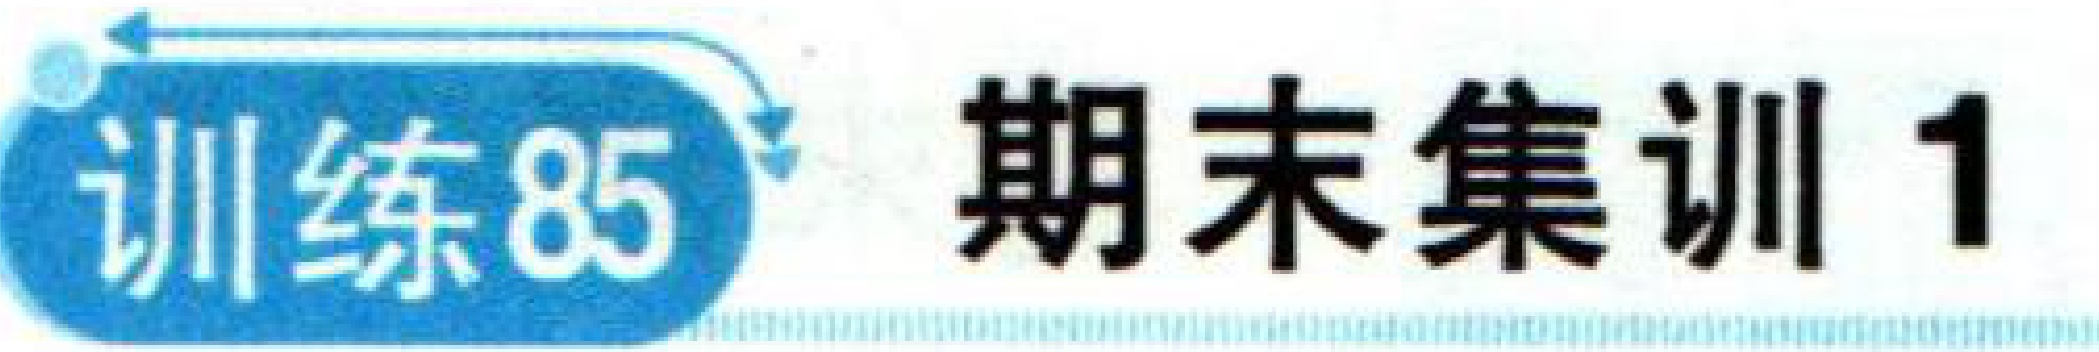
训练85 期末集训1